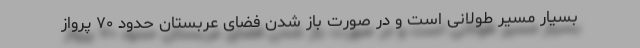
بسیار مسیر طولانی است و در صورت باز شدن فضای عربستان حدود ۷۰ پرواز